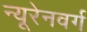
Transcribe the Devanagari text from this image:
न्यूरेनवर्ग